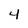
Character: 4